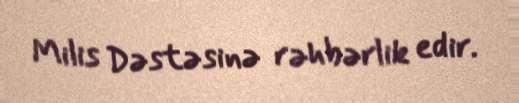
Milis Dəstəsinə rəhbərlik edir.